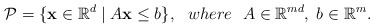
\begin{align*}\mathcal{P} = \{ \mathbf{x} \in \mathbb{R}^d \mid A\mathbf{x} \leq b \}, \ \ where \ \ A \in \mathbb{R}^{md}, \; b \in \mathbb{R}^m.\end{align*}